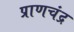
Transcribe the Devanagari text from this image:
प्राणचंद्र